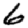
Digit: 6